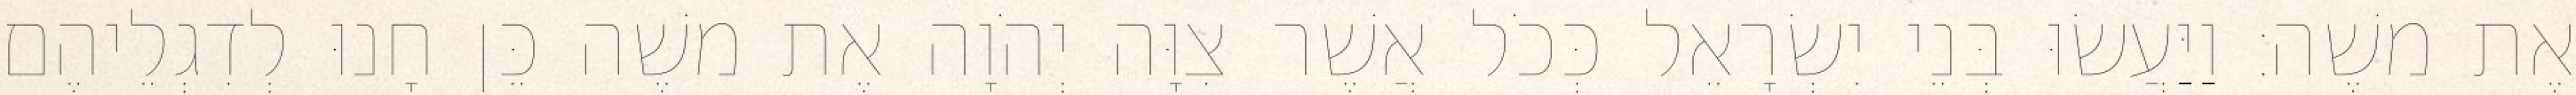
אֶת משֶׁה׃ וַיַּעֲשׂוּ בְּנֵי יִשְׂרָאֵל כְּכֹל אֲשֶׁר צִוָּה יְהֹוָה אֶת משֶׁה כֵּן חָנוּ לְדִגְלֵיהֶם